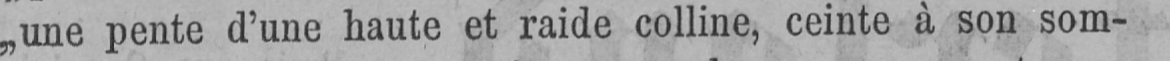
„une pente d’une haute et raide colline, ceinte à son som-